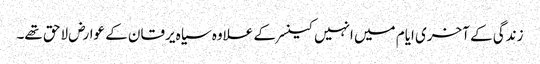
زندگی کے آخری ایام میں انہیں کینسر کے علاوہ سیاہ یرقان کے عوارض لاحق تھے۔